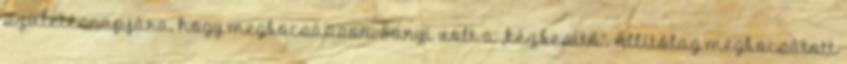
születésnapjára, hogy meg­bocsásson. Sanyi volt a „kézbesítő”. Állítólag megbocsátott